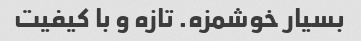
بسیار خوشمزه. تازه و با کیفیت